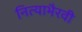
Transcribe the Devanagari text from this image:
नित्याभैरवी